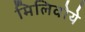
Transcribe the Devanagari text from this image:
मिलिवोये